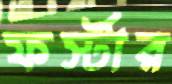
ফর্স্টার